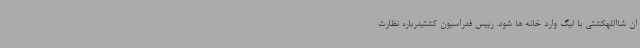
ان شااللهکشتی با لیگ وارد خانه ها شود. رییس فدراسیون کشتیدرباره نظارت